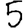
Digit: 5